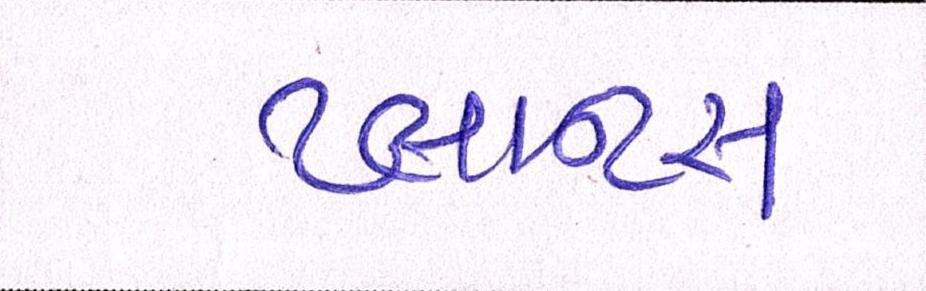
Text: પ્લાન્ટસ